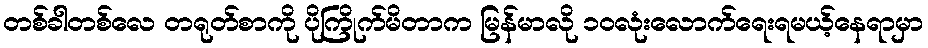
တစ်ခါတစ်လေ တရုတ်စာကို ပိုကြိုက်မိတာက မြန်မာလို ၁ဝလုံးလောက်ရေးရမယ့်နေရာမှာ